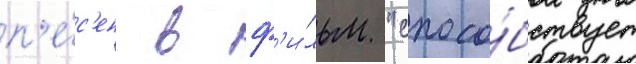
п'е́с'ен в ф'и́льм "спосо́бствует